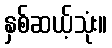
နှစ်ဆယ့်သုံး။